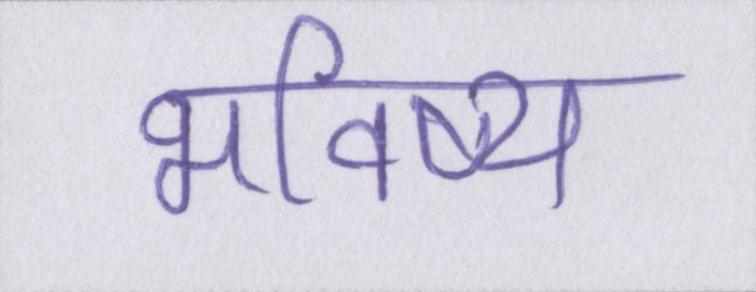
भविष्य